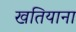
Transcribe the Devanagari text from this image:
खतियाना